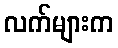
လက်များက